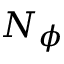
N _ { \phi }